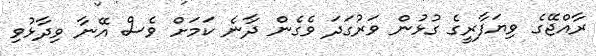
ރާއްޖޭގެ ވިޔަފާރީގެ ގުޅުން ވަރުގަދަ ވެގެން ދާނެ ކަމަށް ވެސް އޭނާ ވިދާޅުވިި